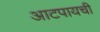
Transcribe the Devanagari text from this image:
आटपायची